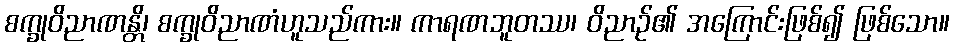
စက္ခုဝိညာဏန္တိ၊ စက္ခုဝိညာဏံဟူသည်ကား။ ကာရဏဘူတဿ၊ ဝိညာဉ်၏ အကြောင်းဖြစ်၍ ဖြစ်သော။